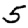
Digit: 5